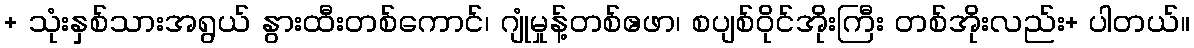
+ သုံးနှစ်သားအရွယ် နွားထီးတစ်ကောင်၊ ဂျုံမှုန့်တစ်ဧဖာ၊ စပျစ်ဝိုင်အိုးကြီး တစ်အိုးလည်း+ ပါတယ်။